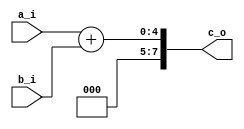
`timescale 1ns / 1ps
//////////////////////////////////////////////////////////////////////////////////
// Company: 
// Engineer: 
// 
// Design Name: 
// Module Name: 2Adder
// Project Name: 
// Target Devices: 
// Tool Versions: 
// Description: 
// 
// Dependencies: 
// 
// Revision:
// Revision 0.01 - File Created
// Additional Comments:
// 
//////////////////////////////////////////////////////////////////////////////////
module T_adder(
    input [3:0]a_i,
    input [3:0]b_i,
    output [7:0] c_o
    );
    
    assign c_o=a_i+b_i;
endmodule